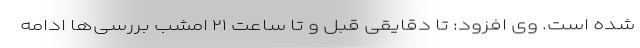
شده است. وی افزود: تا دقایقی قبل و تا ساعت ۲۱ امشب بررسی‌ها ادامه